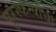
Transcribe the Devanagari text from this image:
पुरस्कर्त्यांची